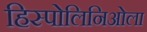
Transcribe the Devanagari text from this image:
हिस्पोलिनिओला